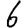
Digit: 6